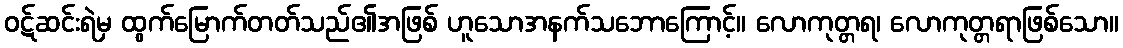
ဝဋ်ဆင်းရဲမှ ထွက်မြောက်တတ်သည်၏အဖြစ် ဟူသောအနက်သဘောကြောင့်။ လောကုတ္တရ၊ လောကုတ္တရာဖြစ်သော။